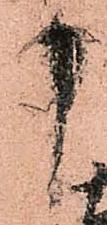
中